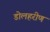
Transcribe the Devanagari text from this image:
डोलहरीण